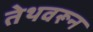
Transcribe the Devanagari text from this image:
तेथवरून